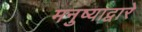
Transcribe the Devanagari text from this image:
मनुष्याद्वारे